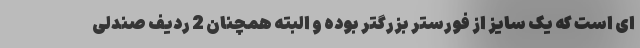
ای است که یک سایز از فورستر بزرگتر بوده و البته همچنان 2 ردیف صندلی